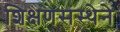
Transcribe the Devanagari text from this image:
शिक्षणसंस्थेने